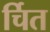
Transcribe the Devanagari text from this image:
र्चित